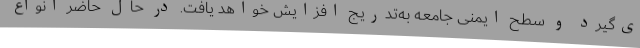
ی‌گیرد و سطح ایمنی جامعه به‌تدریج افزایش خواهد یافت. در حال حاضر انواع